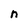
Character: n